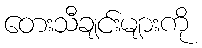
တေးသီချင်းများကို